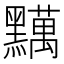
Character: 𪒪